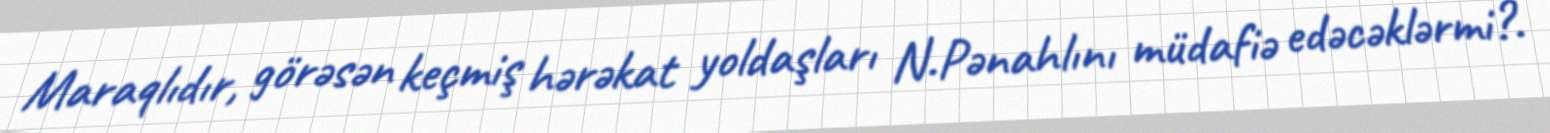
Maraqlıdır, görəsən keçmiş hərəkat yoldaşları N.Pənahlını müdafiə edəcəklərmi?.